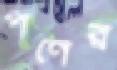
পর্ণের